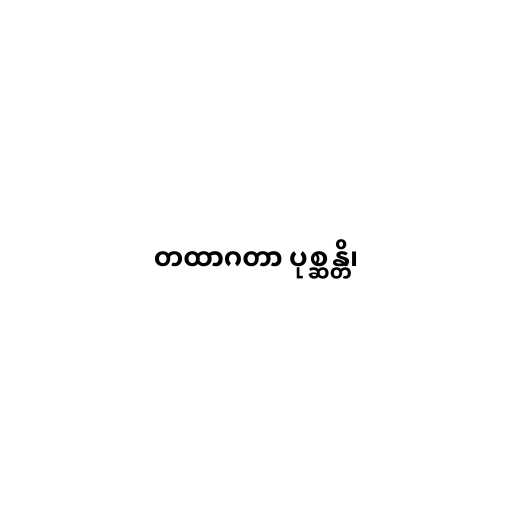
တထာဂတာ ပုစ္ဆန္တိ၊